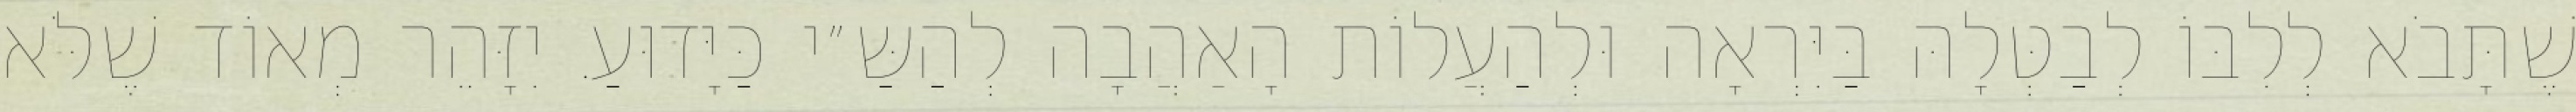
שֶׁתָּבֹא לְלִבּוֹ לְבַטְּלָהּ בַּיִּרְאָה וּלְהַעֲלוֹת הָאַהֲבָה לְהַשַּ״י כַּיָּדוּעַ. יִזָּהֵר מְאוֹד שֶׁלֹּא